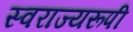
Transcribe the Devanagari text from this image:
स्वराज्यरूपी